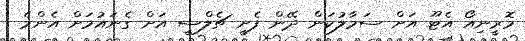
މޮރީނިއޯ އެޓޫ އަށް ސަމާލުކަން ދޭން ފެށީ ޗެލްސީ އަށް ގެނައުމަށް އެންމެ